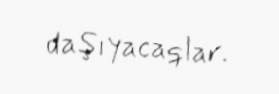
daşıyacaqlar.